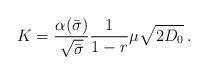
LaTeX: \begin{align*}K=\frac{\alpha(\bar\sigma)}{\sqrt{\bar\sigma}}\frac{1}{1-r}\mu\sqrt{2D_0}\,.\end{align*}